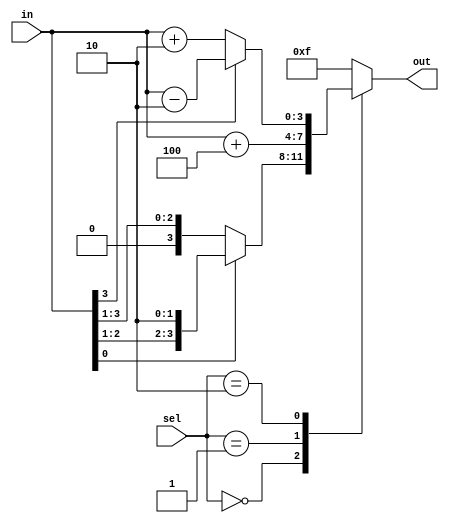
module case_if_else_behavioural (
    input [2:0] sel,
    input [3:0] in,
    output reg [3:0] out
);

always @(sel, in) begin
    case(sel)
        3'b000: begin
            if(in[0] == 1'b1) begin
                out = in << 1;
            end
            else begin
                out = in >> 1;
            end
        end
        3'b001: begin
            out = in + 4;
        end
        3'b010: begin
            if(in[3] == 1'b1) begin
                out = in - 2;
            end
            else begin
                out = in + 2;
            end
        end
        default: begin
            out = 4'b1111;
        end
    endcase
end

endmodule